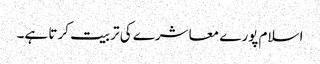
اسلام پورے معاشرے کی تربیت کرتا ہے۔